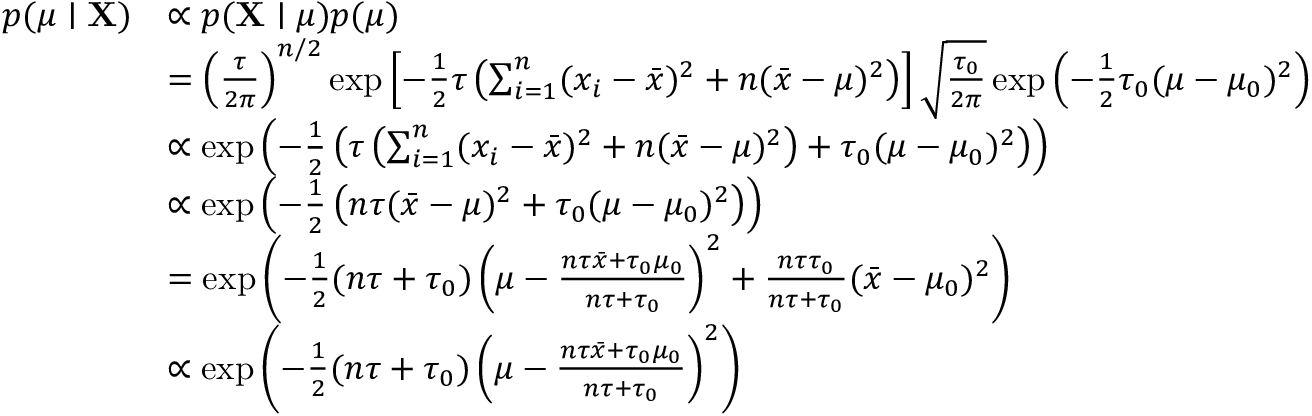
{ \begin{array} { r l } { p ( \mu \mid \mathbf { X } ) } & { \propto p ( \mathbf { X } \mid \mu ) p ( \mu ) } \\ & { = \left( { \frac { \tau } { 2 \pi } } \right) ^ { n / 2 } \exp \left[ - { \frac { 1 } { 2 } } \tau \left( \sum _ { i = 1 } ^ { n } ( x _ { i } - { \bar { x } } ) ^ { 2 } + n ( { \bar { x } } - \mu ) ^ { 2 } \right) \right] { \sqrt { \frac { \tau _ { 0 } } { 2 \pi } } } \exp \left( - { \frac { 1 } { 2 } } \tau _ { 0 } ( \mu - \mu _ { 0 } ) ^ { 2 } \right) } \\ & { \propto \exp \left( - { \frac { 1 } { 2 } } \left( \tau \left( \sum _ { i = 1 } ^ { n } ( x _ { i } - { \bar { x } } ) ^ { 2 } + n ( { \bar { x } } - \mu ) ^ { 2 } \right) + \tau _ { 0 } ( \mu - \mu _ { 0 } ) ^ { 2 } \right) \right) } \\ & { \propto \exp \left( - { \frac { 1 } { 2 } } \left( n \tau ( { \bar { x } } - \mu ) ^ { 2 } + \tau _ { 0 } ( \mu - \mu _ { 0 } ) ^ { 2 } \right) \right) } \\ & { = \exp \left( - { \frac { 1 } { 2 } } ( n \tau + \tau _ { 0 } ) \left( \mu - { \frac { n \tau { \bar { x } } + \tau _ { 0 } \mu _ { 0 } } { n \tau + \tau _ { 0 } } } \right) ^ { 2 } + { \frac { n \tau \tau _ { 0 } } { n \tau + \tau _ { 0 } } } ( { \bar { x } } - \mu _ { 0 } ) ^ { 2 } \right) } \\ & { \propto \exp \left( - { \frac { 1 } { 2 } } ( n \tau + \tau _ { 0 } ) \left( \mu - { \frac { n \tau { \bar { x } } + \tau _ { 0 } \mu _ { 0 } } { n \tau + \tau _ { 0 } } } \right) ^ { 2 } \right) } \end{array} }